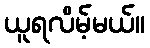
ယူရလိမ့်မယ်။